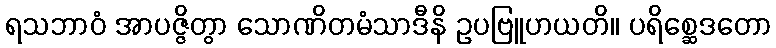
ရသဘာဝံ အာပဇ္ဇိတွာ သောဏိတမံသာဒီနိ ဥပဗြူဟယတိ။ ပရိစ္ဆေဒတော